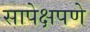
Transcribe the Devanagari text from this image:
सापेक्षपणे